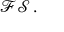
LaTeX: { \mathcal { F S } } \, .